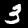
Label: 3